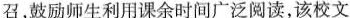
召，鼓励师生利用课余时间广泛阅读，该校文